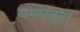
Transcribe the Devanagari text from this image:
यमघंत्ता